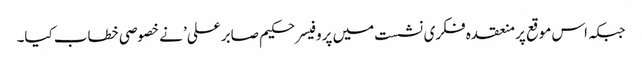
جبکہ اس موقع پر منعقدہ فکری نشست میں پروفیسر حکیم صابر علی’ نے خصوصی خطاب کیا۔